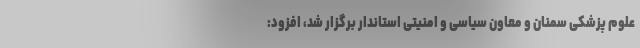
علوم پزشکی سمنان و معاون سیاسی و امنیتی استاندار برگزار شد، افزود: